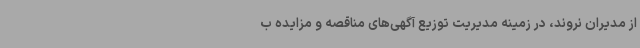
از مدیران نروند، در زمینه مدیریت توزیع آگهی‌های مناقصه و مزایده ب